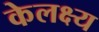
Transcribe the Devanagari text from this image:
केलक्ष्य